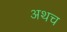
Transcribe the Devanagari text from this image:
अथच